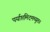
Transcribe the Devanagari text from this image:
पर्याप्तमिदमच्युत॥